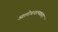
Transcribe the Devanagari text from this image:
आलोचनात्मकता